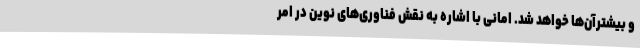
و بیشترآن‌ها خواهد شد. امانی با اشاره به نقش فناوری‌های نوین در امر